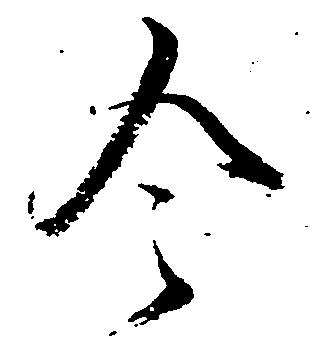
令